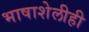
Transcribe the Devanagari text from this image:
भाषाशेलीही